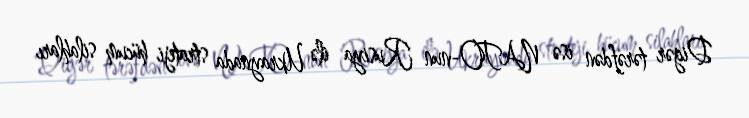
Digər tərəfdən isə NATO-nun Rusiya ilə Ukraynada strateji hücum silahları